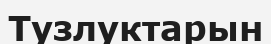
Тузлуктарын